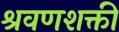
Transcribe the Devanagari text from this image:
श्रवणशक्ती